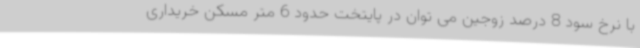
با نرخ سود 8 درصد زوجین می توان در پایتخت حدود 6 متر مسکن خریداری